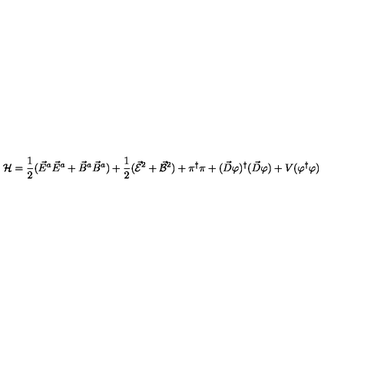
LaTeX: { \cal H } = \frac { 1 } { 2 } ( \vec { E } ^ { a } \vec { E } ^ { a } + \vec { B } ^ { a } \vec { B } ^ { a } ) + \frac { 1 } { 2 } ( \vec { \cal E } ^ { 2 } + \vec { \cal B } ^ { 2 } ) + \pi ^ { \dagger } \pi + ( \vec { D } \varphi ) ^ { \dagger } ( \vec { D } \varphi ) + V ( \varphi ^ { \dagger } \varphi )